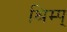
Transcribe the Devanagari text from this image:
श्रिम्प्